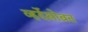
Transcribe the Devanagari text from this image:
व्हर्देसोबत